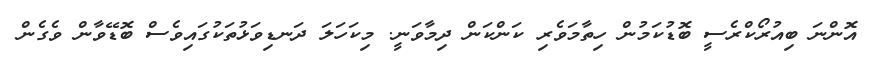
އޮންނަ ބިއުރޯކްރެސީ ބޮޑުކަމުން ހިތާމަވެރި ކަންކަން ދިމާވަނީ. މިކަހަލަ ދަނޑިވަޅުތަކުގައިވެސް ބޮޑޭވާން ވެގެން